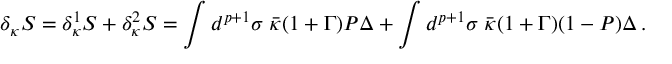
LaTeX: \delta _ { \kappa } S = \delta _ { \kappa } ^ { 1 } S + \delta _ { \kappa } ^ { 2 } S = \int d ^ { p + 1 } \sigma \; \bar { \kappa } ( 1 + \Gamma ) { \cal P } \Delta + \int d ^ { p + 1 } \sigma \; \bar { \kappa } ( 1 + \Gamma ) ( 1 - { \cal P } ) \Delta \, .